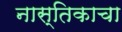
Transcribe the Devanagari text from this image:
नास्तिकाचा